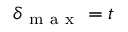
\delta _ { \mathrm { ~ m ~ a ~ x ~ } } = t